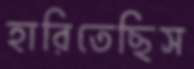
হারিতেছিস